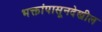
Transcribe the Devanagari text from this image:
भक्तांपासूनदेखील